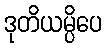
ဒုတိယမ္ပိပေ